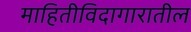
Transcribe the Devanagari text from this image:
माहितीविदागारातील